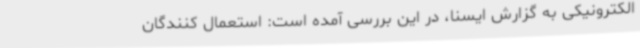
الکترونیکی به گزارش ایسنا، در این بررسی آمده است: استعمال کنندگان